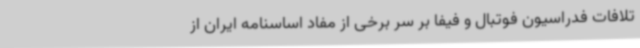
تلافات فدراسیون فوتبال و فیفا بر سر برخی از مفاد اساسنامه ایران از